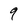
Character: 9